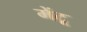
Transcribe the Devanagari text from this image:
मेंटू